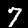
Label: 7